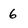
Character: 6